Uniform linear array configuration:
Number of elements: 12
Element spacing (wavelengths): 0.5
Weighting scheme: uniform
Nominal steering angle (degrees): -45
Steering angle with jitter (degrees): -44.157
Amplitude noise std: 0.05
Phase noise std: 0.05

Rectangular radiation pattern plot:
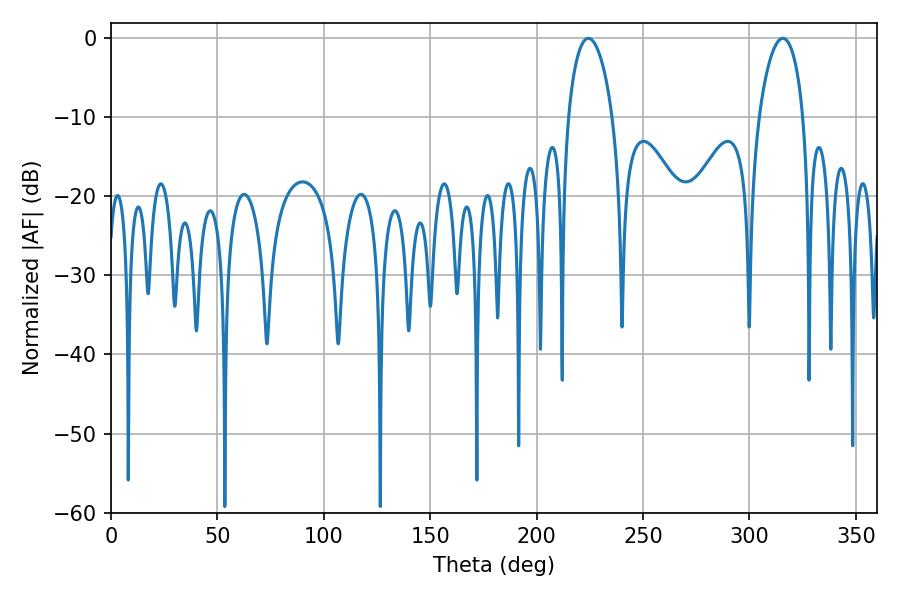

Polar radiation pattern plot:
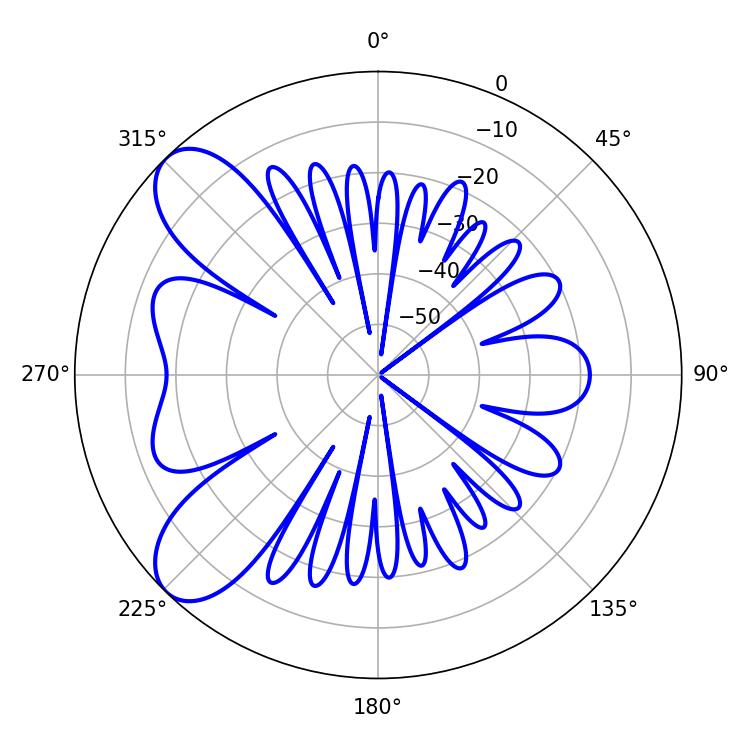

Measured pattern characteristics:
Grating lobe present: FALSE
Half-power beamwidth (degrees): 11.88
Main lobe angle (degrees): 315.72